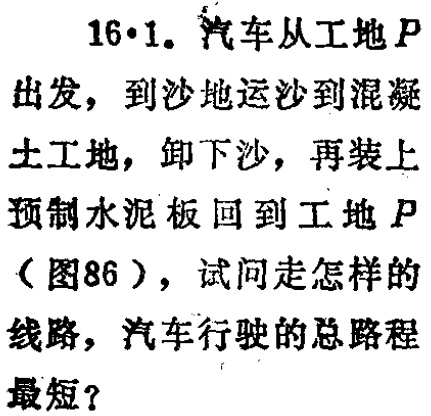
16·1. 汽车从工地\(P\)出发，到沙地运沙到混凝土工地，卸下沙，再装上预制水泥板回到工地\(P\)（图86），试问走怎样的线路，汽车行驶的总路程最短？